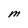
Character: M